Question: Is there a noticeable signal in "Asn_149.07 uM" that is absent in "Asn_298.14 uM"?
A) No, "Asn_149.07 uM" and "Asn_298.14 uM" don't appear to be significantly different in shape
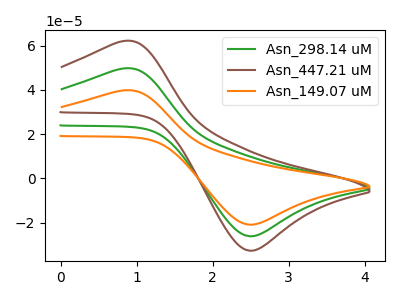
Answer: <think>The green curve "Asn_298.14 uM" has an anodic peak at (0.80V, 49.60uA) and a cathodic peak at (2.50V, -26.15uA). The brown curve "Asn_447.21 uM" has an anodic peak at (0.80V, 99.20uA) and a cathodic peak at (2.50V, -52.35uA). The orange curve "Asn_149.07 uM" has an anodic peak at (0.80V, 39.70uA) and a cathodic peak at (2.50V, -20.95uA).
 All the peaks in "Asn_149.07 uM" have a peak in "Asn_298.14 uM" at the same potential. Every peak in "Asn_149.07 uM" is lower than every peak in "Asn_298.14 uM".</think>
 <answer>A) No, "Asn_149.07 uM" and "Asn_298.14 uM" don't appear to be significantly different in shape</answer>
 <eval>A</eval>